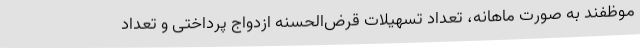
موظفند به صورت ماهانه، تعداد تسهیلات قرض‌الحسنه ازدواج پرداختی و تعداد